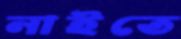
নাইতে